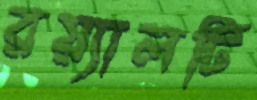
রয়্যালটি